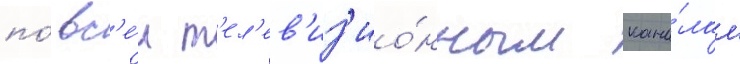
по́ вс'е́м т'ел'ев'из'ио́нным кана́лам